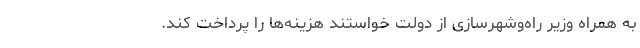
به همراه وزیر راه‌وشهرسازی از دولت خواستند هزینه‌ها را پرداخت کند.